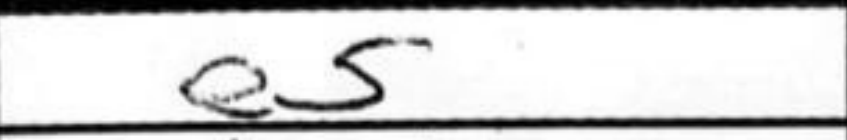
Transcription: e5